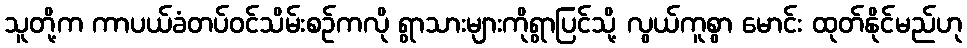
သူတို့က ကာပယ်ခံတပ်ဝင်သိမ်းစဉ်ကလို ရွာသားများကိုရွာပြင်သို့ လွယ်ကူစွာ မောင်း ထုတ်နိုင်မည်ဟု